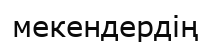
мекендердің